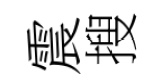
震搜